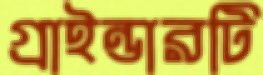
গ্রাইন্ডারটি